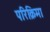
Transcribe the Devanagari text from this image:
परिक्रिमा